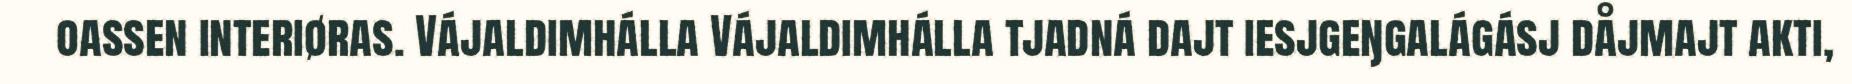
oassen interiøras. Vájaldimhálla Vájaldimhálla tjadná dajt iesjgeŋgalágásj dåjmajt akti,